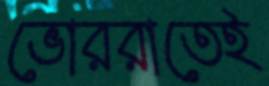
ভোররাতেই